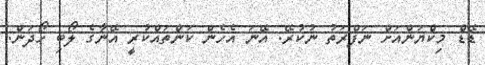
ޑޭޑް މިކްޔަންއަށް ނަފްރަތު ނުކުރޭ. އޭނަ އެހެން ކަންތައްކުރީ އޭނާގެ ލޯބި ހޯދަން.